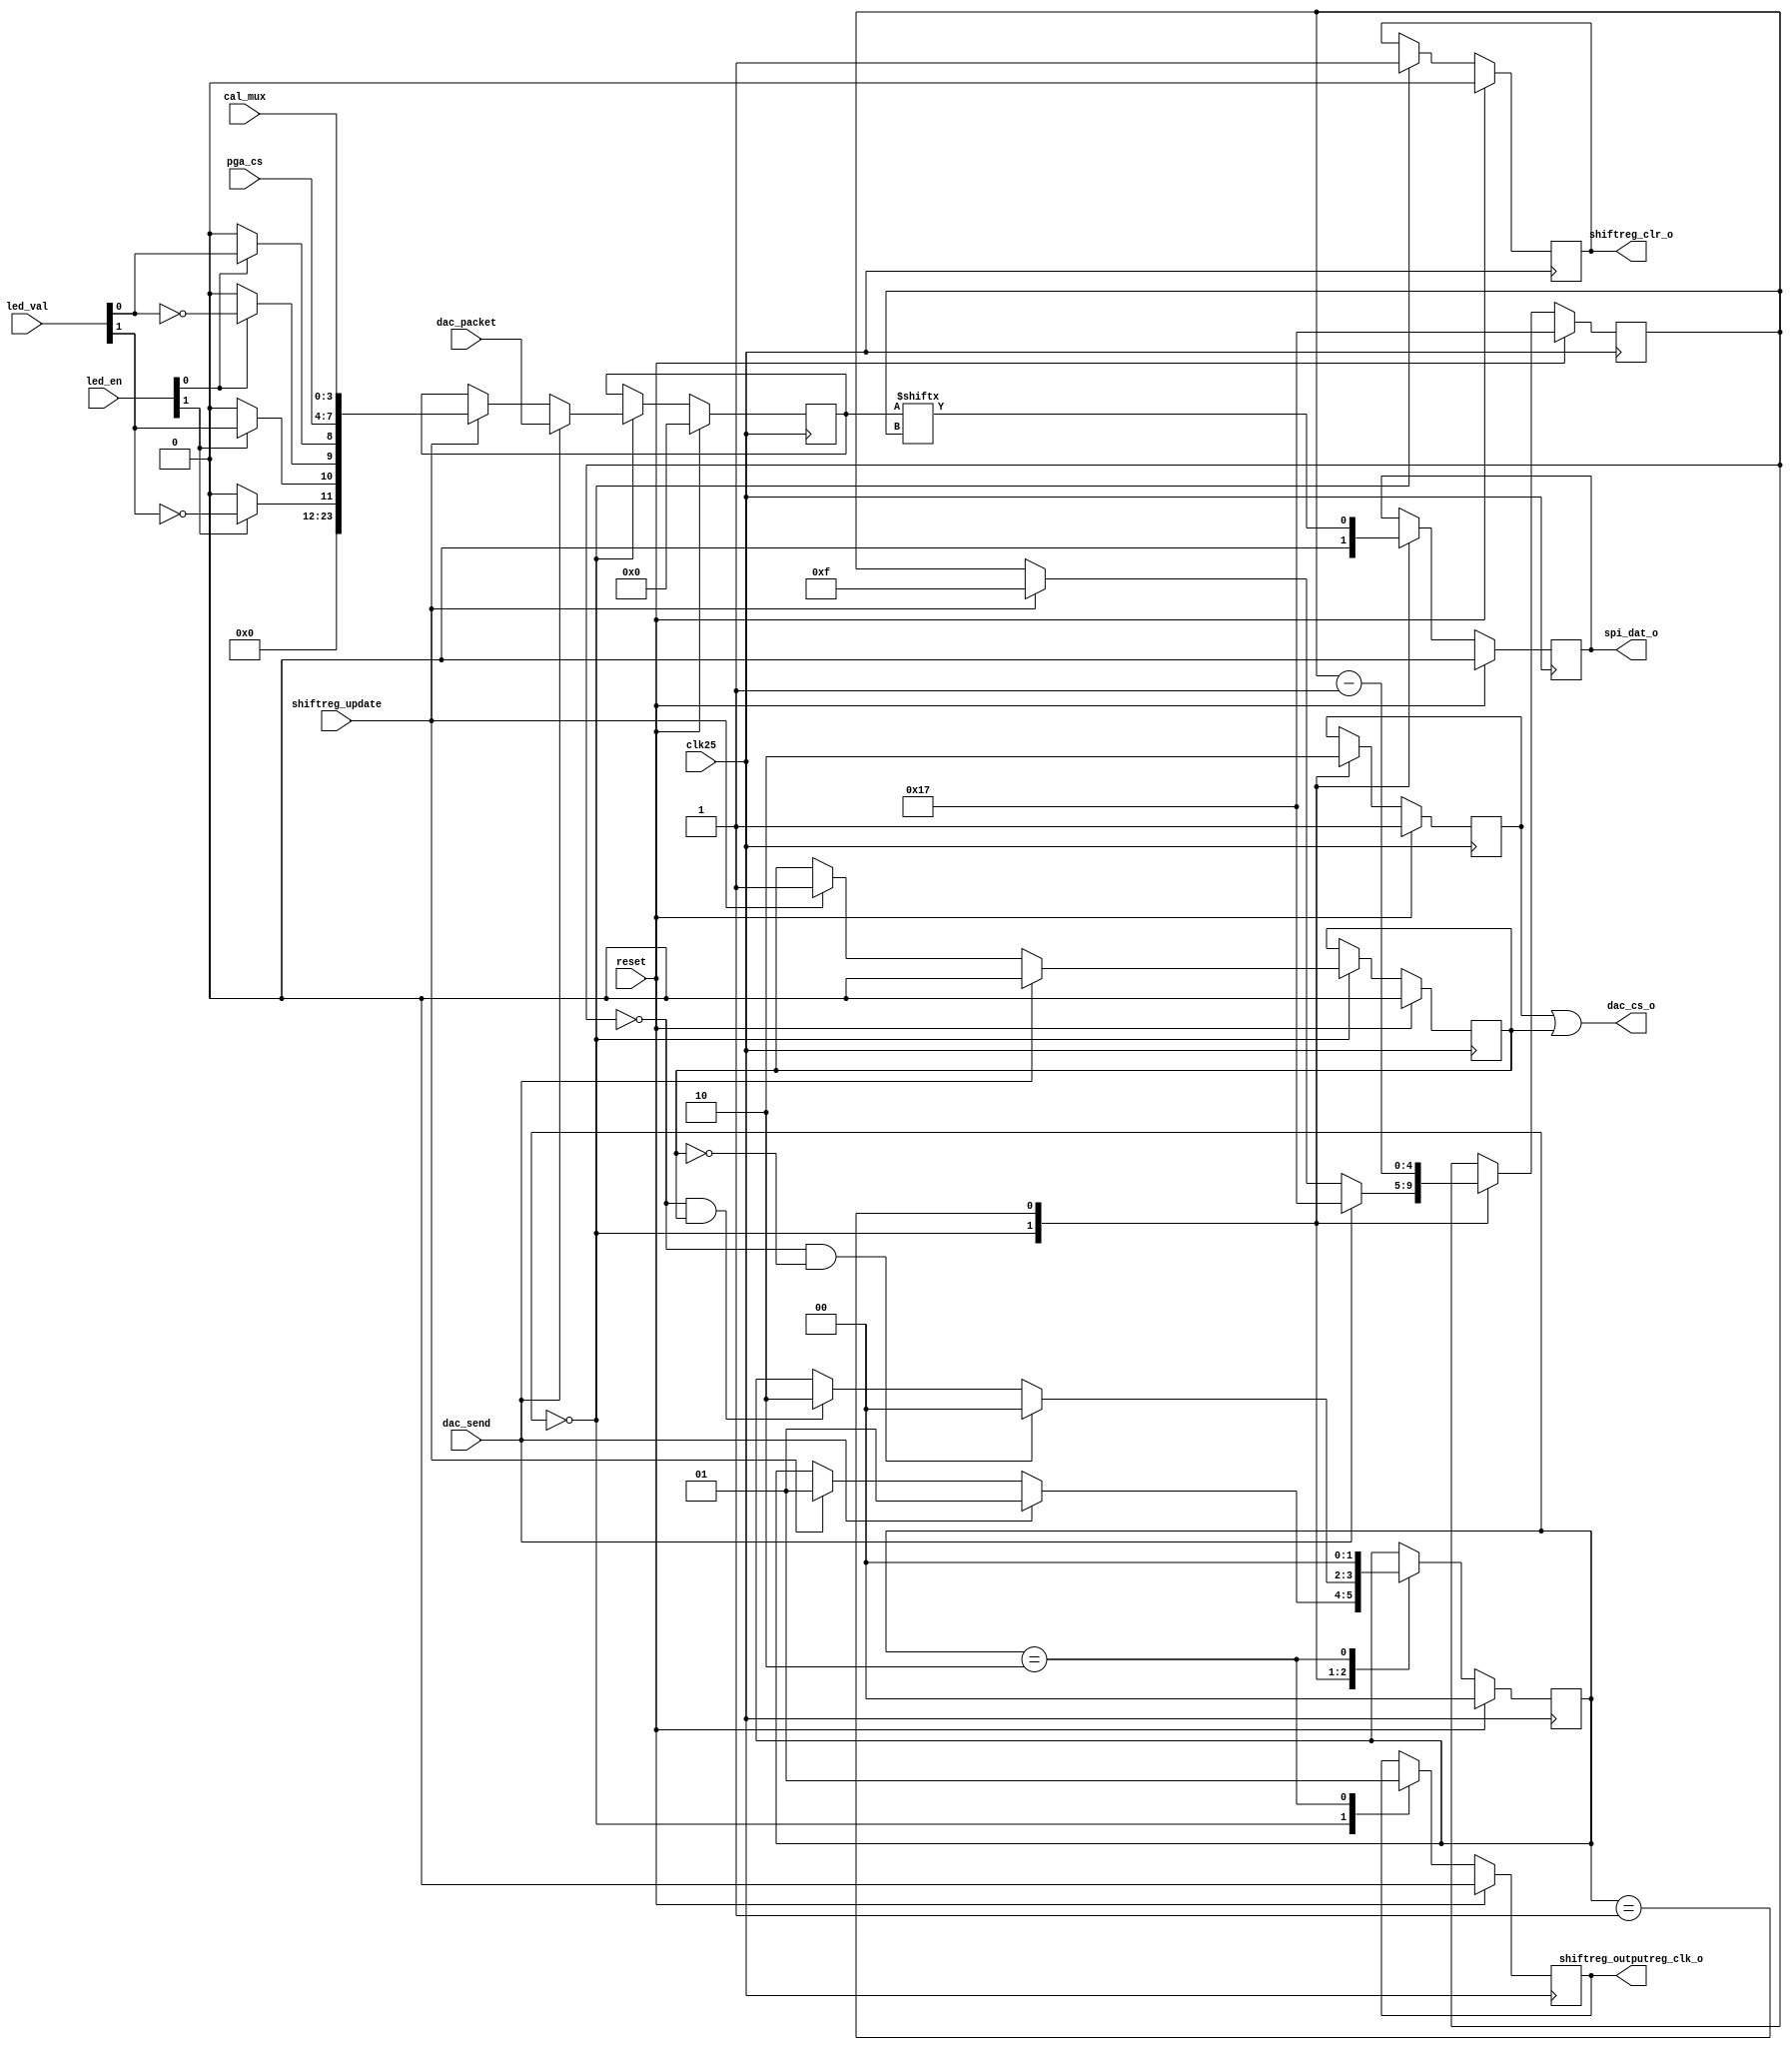
module spi_module(

	clk25,
	reset,
	
	led_en,
	led_val,
	cal_mux,
	pga_cs,
	
	shiftreg_update,
	
	dac_packet,
	dac_send,
			
	// Hardware pins
	spi_dat_o,
	dac_cs_o,
	
	shiftreg_clr_o,
	shiftreg_outputreg_clk_o
	
);

/*********************
* Inputs and Outputs *
*********************/

// Main clock and reset
input 			clk25;
input 			reset;

// DAC register values
input	[23:0]	dac_packet;

// Wire to trigger a packet transmission to DAC
input			dac_send;

// Wire to trigger shift register data update
input 			shiftreg_update;

/* Shift Register output control wires */

// Front panel bicolor leds
input	[1:0]	led_en;		// Enable turns on LEDs
input	[1:0]	led_val;	// Value sets either red (0) or green (1)
	
// Controls calibrations muxes on front end
// 0 = internal calibration channel
// 1 = external input
input	[3:0]	cal_mux;	
	
// Chip selects for front end PGAs
input	[3:0]	pga_cs;

/* Hardware pins */

// DAC CS pin
output			dac_cs_o;

// Shift register CS pin 
output			shiftreg_clr_o;

// Shift register output register update pin
output 			shiftreg_outputreg_clk_o;

// SPI data output pin
output			spi_dat_o;

//State variables
localparam STATE_IDLE 			=	2'd0;
localparam STATE_SEND_PACKET	= 	2'd1;
localparam STATE_CLK_SR			= 	2'd2;

//Internal registers
reg 	[1:0]	state;
reg 	[23:0] 	data;
reg 	[4:0]	bitindex;					// For iterating through data register
reg 			spi_dat;					// Internal SPI SDO
reg 			chip_select;				// Internal DAC CS
reg				shiftreg_outputreg_clk;		// Internal shift register output register clock
reg				shiftreg_clr;				// Internal shift register clear

// Internal Wires
wire 	[3:0]	leds;		// Decoded LED outputs
reg				cmd;		// tells state machine which device is being addressed

/************
* Main Code *
************/

//State machine to load DAC values
always @(negedge clk25) begin
	
	//Reset condition
	if(reset) begin
		
		// Initialization
		state <= STATE_IDLE;
		data <= 24'b0;
		bitindex <= 23;
		chip_select <= 1'b1;
		spi_dat <= 1'b0;
		shiftreg_outputreg_clk <= 1'b0;
		shiftreg_clr <= 1'b0;						// Clear SR on reset
		cmd <= 1'b0;
	
	end else begin
		
		case(state)
			
			STATE_IDLE: begin						//Waiting for send signal
				
				// Set initial state of outputs
				spi_dat <= 1'b0;
				chip_select <= 1'b1;
				shiftreg_outputreg_clk <= 1'b0;
				shiftreg_clr <= 1'b1;				// Un-clear SR
				
				if(dac_send) begin
					
					bitindex <= 23;					// Reset bit index to 23
					data <= dac_packet;				// Ensure that changes to value, address, and command registers do not affect current serial transmission
					state <= STATE_SEND_PACKET;
					cmd <= 1'b0;
					
				end else if(shiftreg_update) begin
					
					bitindex <= 15;					// Reset bit index to 15
					data <= {12'b0, leds[3:0], pga_cs[3:0], cal_mux[3:0]};	// only send 16 bits to shift registers (bottom 12 bits are all that are set however)
					state <= STATE_SEND_PACKET;
					cmd <= 1'b1;
					
				end
				
			end
			
			STATE_SEND_PACKET: begin				//Set new bit to be clocked into device
				
				chip_select <= 1'b0;					
				spi_dat <= data[bitindex];			//Step through data register
				bitindex <= bitindex - 1;
								
				if(bitindex == 0 && cmd == 0) state <= STATE_IDLE;
				else if(bitindex == 0 && cmd == 1) state <= STATE_CLK_SR;
			
			end			
			
			// Clock in data to SR outputs
			STATE_CLK_SR: begin
			
				shiftreg_outputreg_clk <= 1'b1;
				state <= STATE_IDLE;
			
			end
				
		
		endcase
	
	end
	
end		
		
// Decoding for LED outputs
assign leds[0] = led_en[0] ? led_val[0] : 1'b0;		// Mix enable with color signal
assign leds[1] = led_en[0] ? ~led_val[0] : 1'b0;	// LEDs are bicolor, so one pin is always the inverted value of the other pin (if they are enabled)
assign leds[2] = led_en[1] ? led_val[1] : 1'b0;
assign leds[3] = led_en[1] ? ~led_val[1] : 1'b0;
		
//Hardware outputs
assign spi_dat_o = spi_dat;
assign dac_cs_o = chip_select | cmd;				// Only address DAC when cmd is 0
assign shiftreg_clr_o = shiftreg_clr;				// Only address shift register when cmd is 1
assign shiftreg_outputreg_clk_o = shiftreg_outputreg_clk;

endmodule